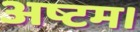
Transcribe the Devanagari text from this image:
अष्टम।